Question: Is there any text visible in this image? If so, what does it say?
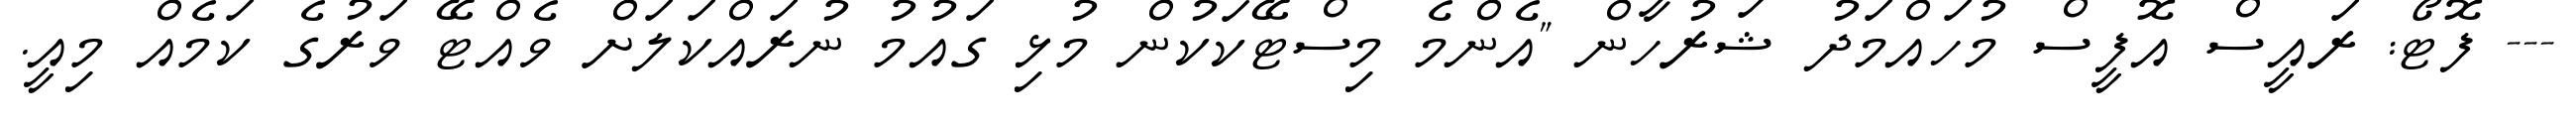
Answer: --- ފޮޓޯ: ރައީސް އޮފީސް މުހައްމަދު ޝަރުހާން "އެންމެ މިސްޓޭކަކުން މުޅި ގައުމު ނުރައްކަލަށް ވެއްޓޭ ވަރުގެ ކަމެއް މިއީ.